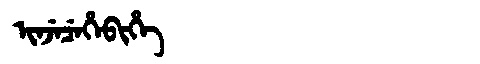
Manchu: ᡳᠨᠵᡝᠴᡝᡥᡝᠪᡳᡥᡝ
Romanization: INJECEHEBIHE